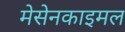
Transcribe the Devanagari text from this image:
मेसेनकाइमल